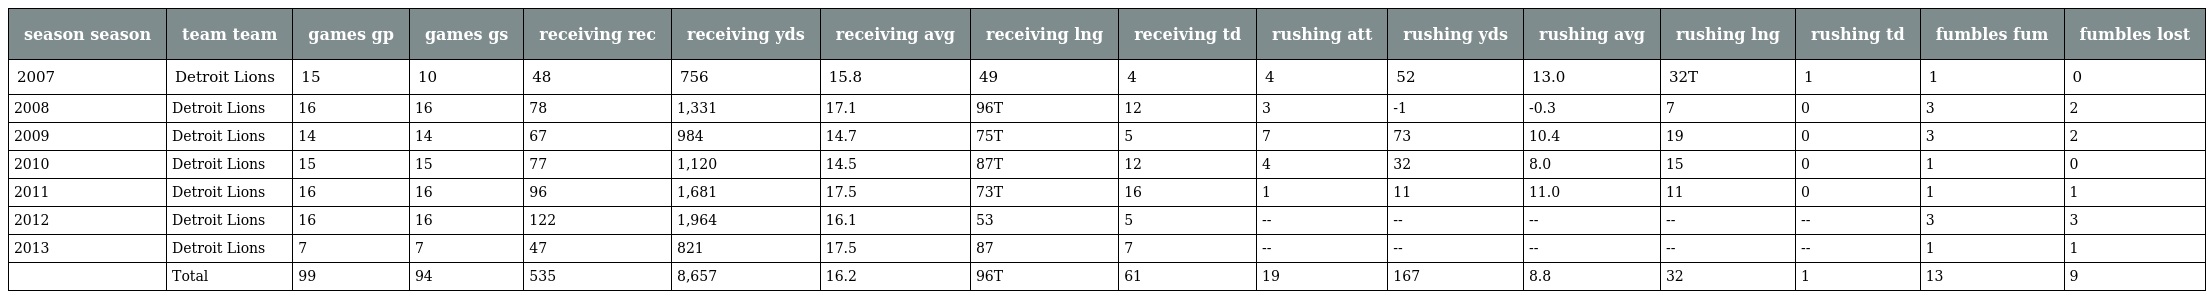
| season season | team team | games gp | games gs | receiving rec | receiving yds | receiving avg | receiving lng | receiving td | rushing att | rushing yds | rushing avg | rushing lng | rushing td | fumbles fum | fumbles lost |
 | --- | --- | --- | --- | --- | --- | --- | --- | --- | --- | --- | --- | --- | --- | --- | --- |
 | 2007 | Detroit Lions | 15 | 10 | 48 | 756 | 15.8 | 49 | 4 | 4 | 52 | 13.0 | 32T | 1 | 1 | 0 |
 | 2008 | Detroit Lions | 16 | 16 | 78 | 1,331 | 17.1 | 96T | 12 | 3 | -1 | -0.3 | 7 | 0 | 3 | 2 |
 | 2009 | Detroit Lions | 14 | 14 | 67 | 984 | 14.7 | 75T | 5 | 7 | 73 | 10.4 | 19 | 0 | 3 | 2 |
 | 2010 | Detroit Lions | 15 | 15 | 77 | 1,120 | 14.5 | 87T | 12 | 4 | 32 | 8.0 | 15 | 0 | 1 | 0 |
 | 2011 | Detroit Lions | 16 | 16 | 96 | 1,681 | 17.5 | 73T | 16 | 1 | 11 | 11.0 | 11 | 0 | 1 | 1 |
 | 2012 | Detroit Lions | 16 | 16 | 122 | 1,964 | 16.1 | 53 | 5 | -- | -- | -- | -- | -- | 3 | 3 |
 | 2013 | Detroit Lions | 7 | 7 | 47 | 821 | 17.5 | 87 | 7 | -- | -- | -- | -- | -- | 1 | 1 |
 |  | Total | 99 | 94 | 535 | 8,657 | 16.2 | 96T | 61 | 19 | 167 | 8.8 | 32 | 1 | 13 | 9 |